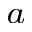
^ { a \, }